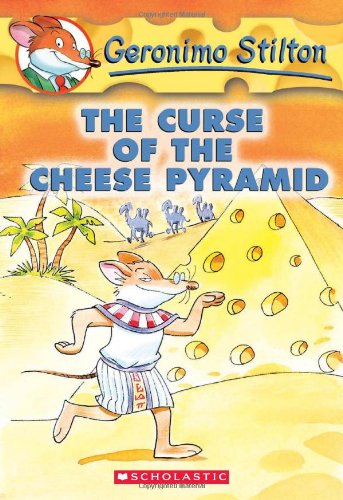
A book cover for Geronimo Stilton #2: The Curse of the Cheese Pyramid; Geronimo Stilton; Children's Books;